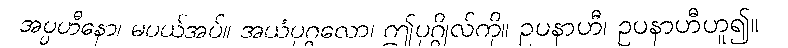
အပ္ပဟီနော၊ မပယ်အပ်။ အယံပုဂ္ဂလော၊ ဤပုဂ္ဂိုလ်ကို။ ဥပနာဟီ၊ ဥပနာဟီဟူ၍။